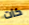
كات